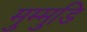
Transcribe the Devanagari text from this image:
मुम्मुडि